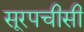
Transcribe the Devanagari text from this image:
सूरपचीसी